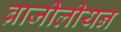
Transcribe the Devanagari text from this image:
ब्राजीलीयन